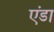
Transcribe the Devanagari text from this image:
एंडा